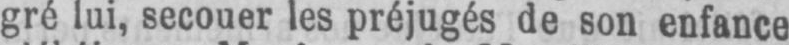
gré lui, secouer les préjugés de son enfance